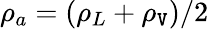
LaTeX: \rho_{a}=(\rho_{L}+\rho_{\mathtt{V}})/2